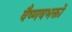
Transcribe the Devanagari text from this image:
वैष्णवभक्तों